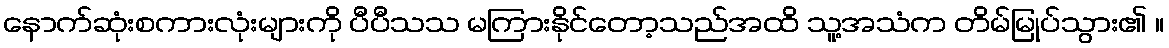
နောက်ဆုံးစကားလုံးများကို ပီပီသသ မကြားနိုင်တော့သည်အထိ သူ့အသံက တိမ်မြုပ်သွား၏ ။